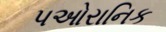
પઓરાનિક